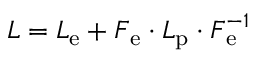
\boldsymbol { L } = \boldsymbol { L } _ { \mathrm { e } } + \boldsymbol { F } _ { \mathrm { e } } \cdot \boldsymbol { L } _ { \mathrm { p } } \cdot \boldsymbol { F } _ { \mathrm { e } } ^ { - 1 }